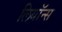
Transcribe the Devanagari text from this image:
लियॉन्स